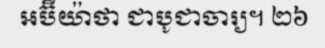
អប៊ីយ៉ាថា ជាបូជាចារ្យ។ ២៦